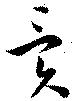
異